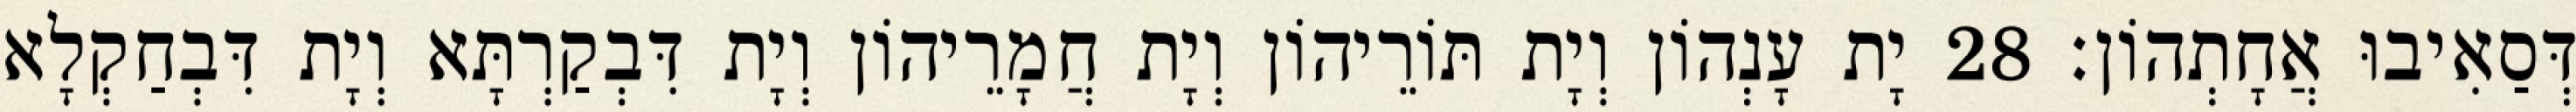
דְּסַאִיבוּ אֲחָתְהוֹן׃ 28 יָת עָנְהוֹן וְיָת תּוֹרֵיהוֹן וְיָת חֲמָרֵיהוֹן וְיָת דִּבְקַרְתָּא וְיָת דִּבְחַקְלָא